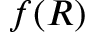
f ( R )